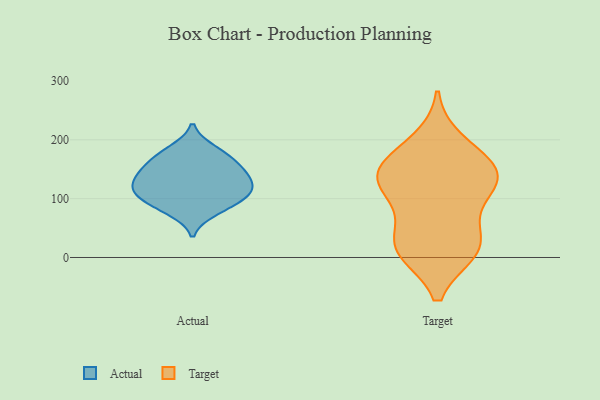
{"axis": {"x": "Net Income (USD K)", "y": "Value"}, "legend": ["Actual", "Target"], "data": [{"x": "", "y": 121, "type": "Actual"}, {"x": "", "y": 102, "type": "Actual"}, {"x": "", "y": 158, "type": "Actual"}, {"x": "", "y": 120, "type": "Actual"}, {"x": "", "y": 147, "type": "Actual"}, {"x": "", "y": 184, "type": "Actual"}, {"x": "", "y": 127, "type": "Actual"}, {"x": "", "y": 146, "type": "Actual"}, {"x": "", "y": 90, "type": "Actual"}, {"x": "", "y": 78, "type": "Actual"}, {"x": "", "y": 107, "type": "Actual"}, {"x": "", "y": 174, "type": "Actual"}, {"x": "", "y": 132, "type": "Target"}, {"x": "", "y": 58, "type": "Target"}, {"x": "", "y": 146, "type": "Target"}, {"x": "", "y": 11, "type": "Target"}, {"x": "", "y": 101, "type": "Target"}, {"x": "", "y": 198, "type": "Target"}, {"x": "", "y": 147, "type": "Target"}, {"x": "", "y": 21, "type": "Target"}, {"x": "", "y": 170, "type": "Target"}, {"x": "", "y": 129, "type": "Target"}, {"x": "", "y": 132, "type": "Target"}, {"x": "", "y": 13, "type": "Target"}, {"x": "", "y": 14, "type": "Target"}]}